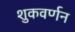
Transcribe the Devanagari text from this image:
शुकवर्णन